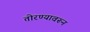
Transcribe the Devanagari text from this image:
तोरण्यावरून